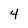
Character: 4